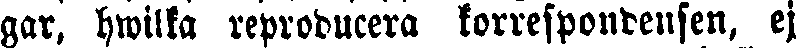
gar, hwilka reproducera korrespondensen, ej